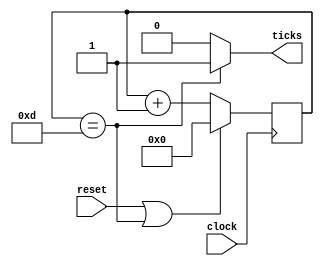
`timescale 1ns / 1ps

`define NUM_TICKS 16

module baud_rate_gen
	#(
		parameter CLK        = 50E6,
		//parameter BAUD_RATE  = 9600
		parameter BAUD_RATE  = 230400		
	)
	(	    
		input wire clock,
		input wire reset,
		output wire ticks
	);	

	localparam integer N_CONT = (CLK / (BAUD_RATE*`NUM_TICKS));
  localparam integer N_BITS = $clog2 (N_CONT);
	// Registros.
	reg [N_BITS-1:0] count;	

	always @(posedge clock)
        begin : contador
            
            if(reset || count == N_CONT-1)
              count <= 0;		
            else
              count <= count + 1;
            
        end	 
	assign ticks = (count == N_CONT-1) ? 1'b1 : 1'b0;

endmodule